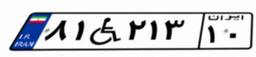
۸۲W۹۹۴۶۲